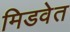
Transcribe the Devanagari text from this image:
मिडवेत